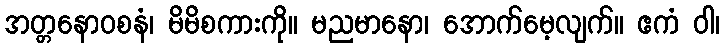
အတ္တနောဝစနံ၊ မိမိစကားကို။ မညမာနော၊ အောက်မေ့လျက်။ ဧကံ ဝါ၊